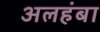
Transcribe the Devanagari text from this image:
अलहंबा